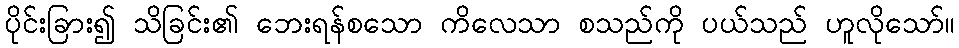
ပိုင်းခြား၍ သိခြင်း၏ ဘေးရန်စသော ကိလေသာ စသည်ကို ပယ်သည် ဟူလိုသော်။